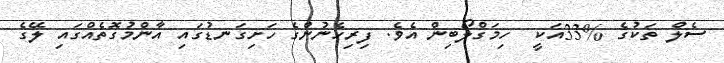
ސެލް ތަކުގެ %33އަކީ  ހިމަގްލޯބިން އެވެ. ފިރިހެނުންގެ ހަށިގަނޑުގައި އާންމުގޮތެއްގައި ލޭގެ